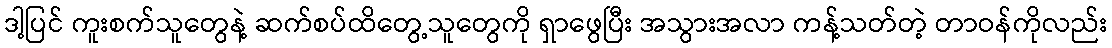
ဒါ့ပြင် ကူးစက်သူတွေနဲ့ ဆက်စပ်ထိတွေ့သူတွေကို ရှာဖွေပြီး အသွားအလာ ကန့်သတ်တဲ့ တာဝန်ကိုလည်း